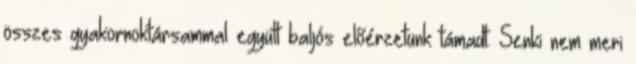
összes gyakornoktársammal együtt baljós előérzetünk támadt. Senki nem meri